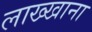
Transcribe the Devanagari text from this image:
लाख्खाना